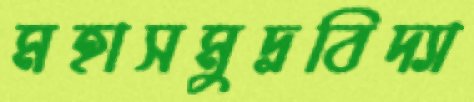
মহাসমুদ্রবিদ্যা